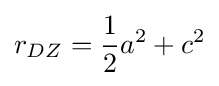
r_{DZ}={\frac {1}{2}}a^{2}+c^{2}